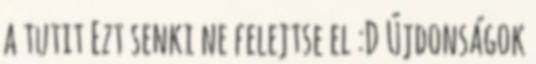
a tutit Ezt senki ne felejtse el :D Újdonságok